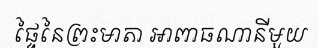
ផ្ទៃនៃព្រះមាតា អាពាធណានីមួយ